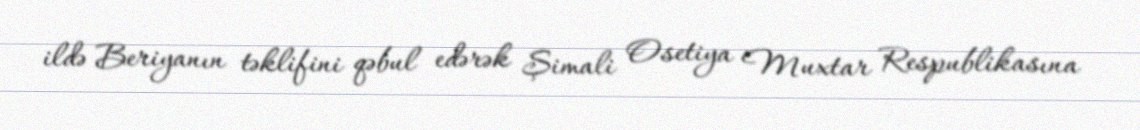
ildə Beriyanın təklifini qəbul edərək Şimali Osetiya Muxtar Respublikasına